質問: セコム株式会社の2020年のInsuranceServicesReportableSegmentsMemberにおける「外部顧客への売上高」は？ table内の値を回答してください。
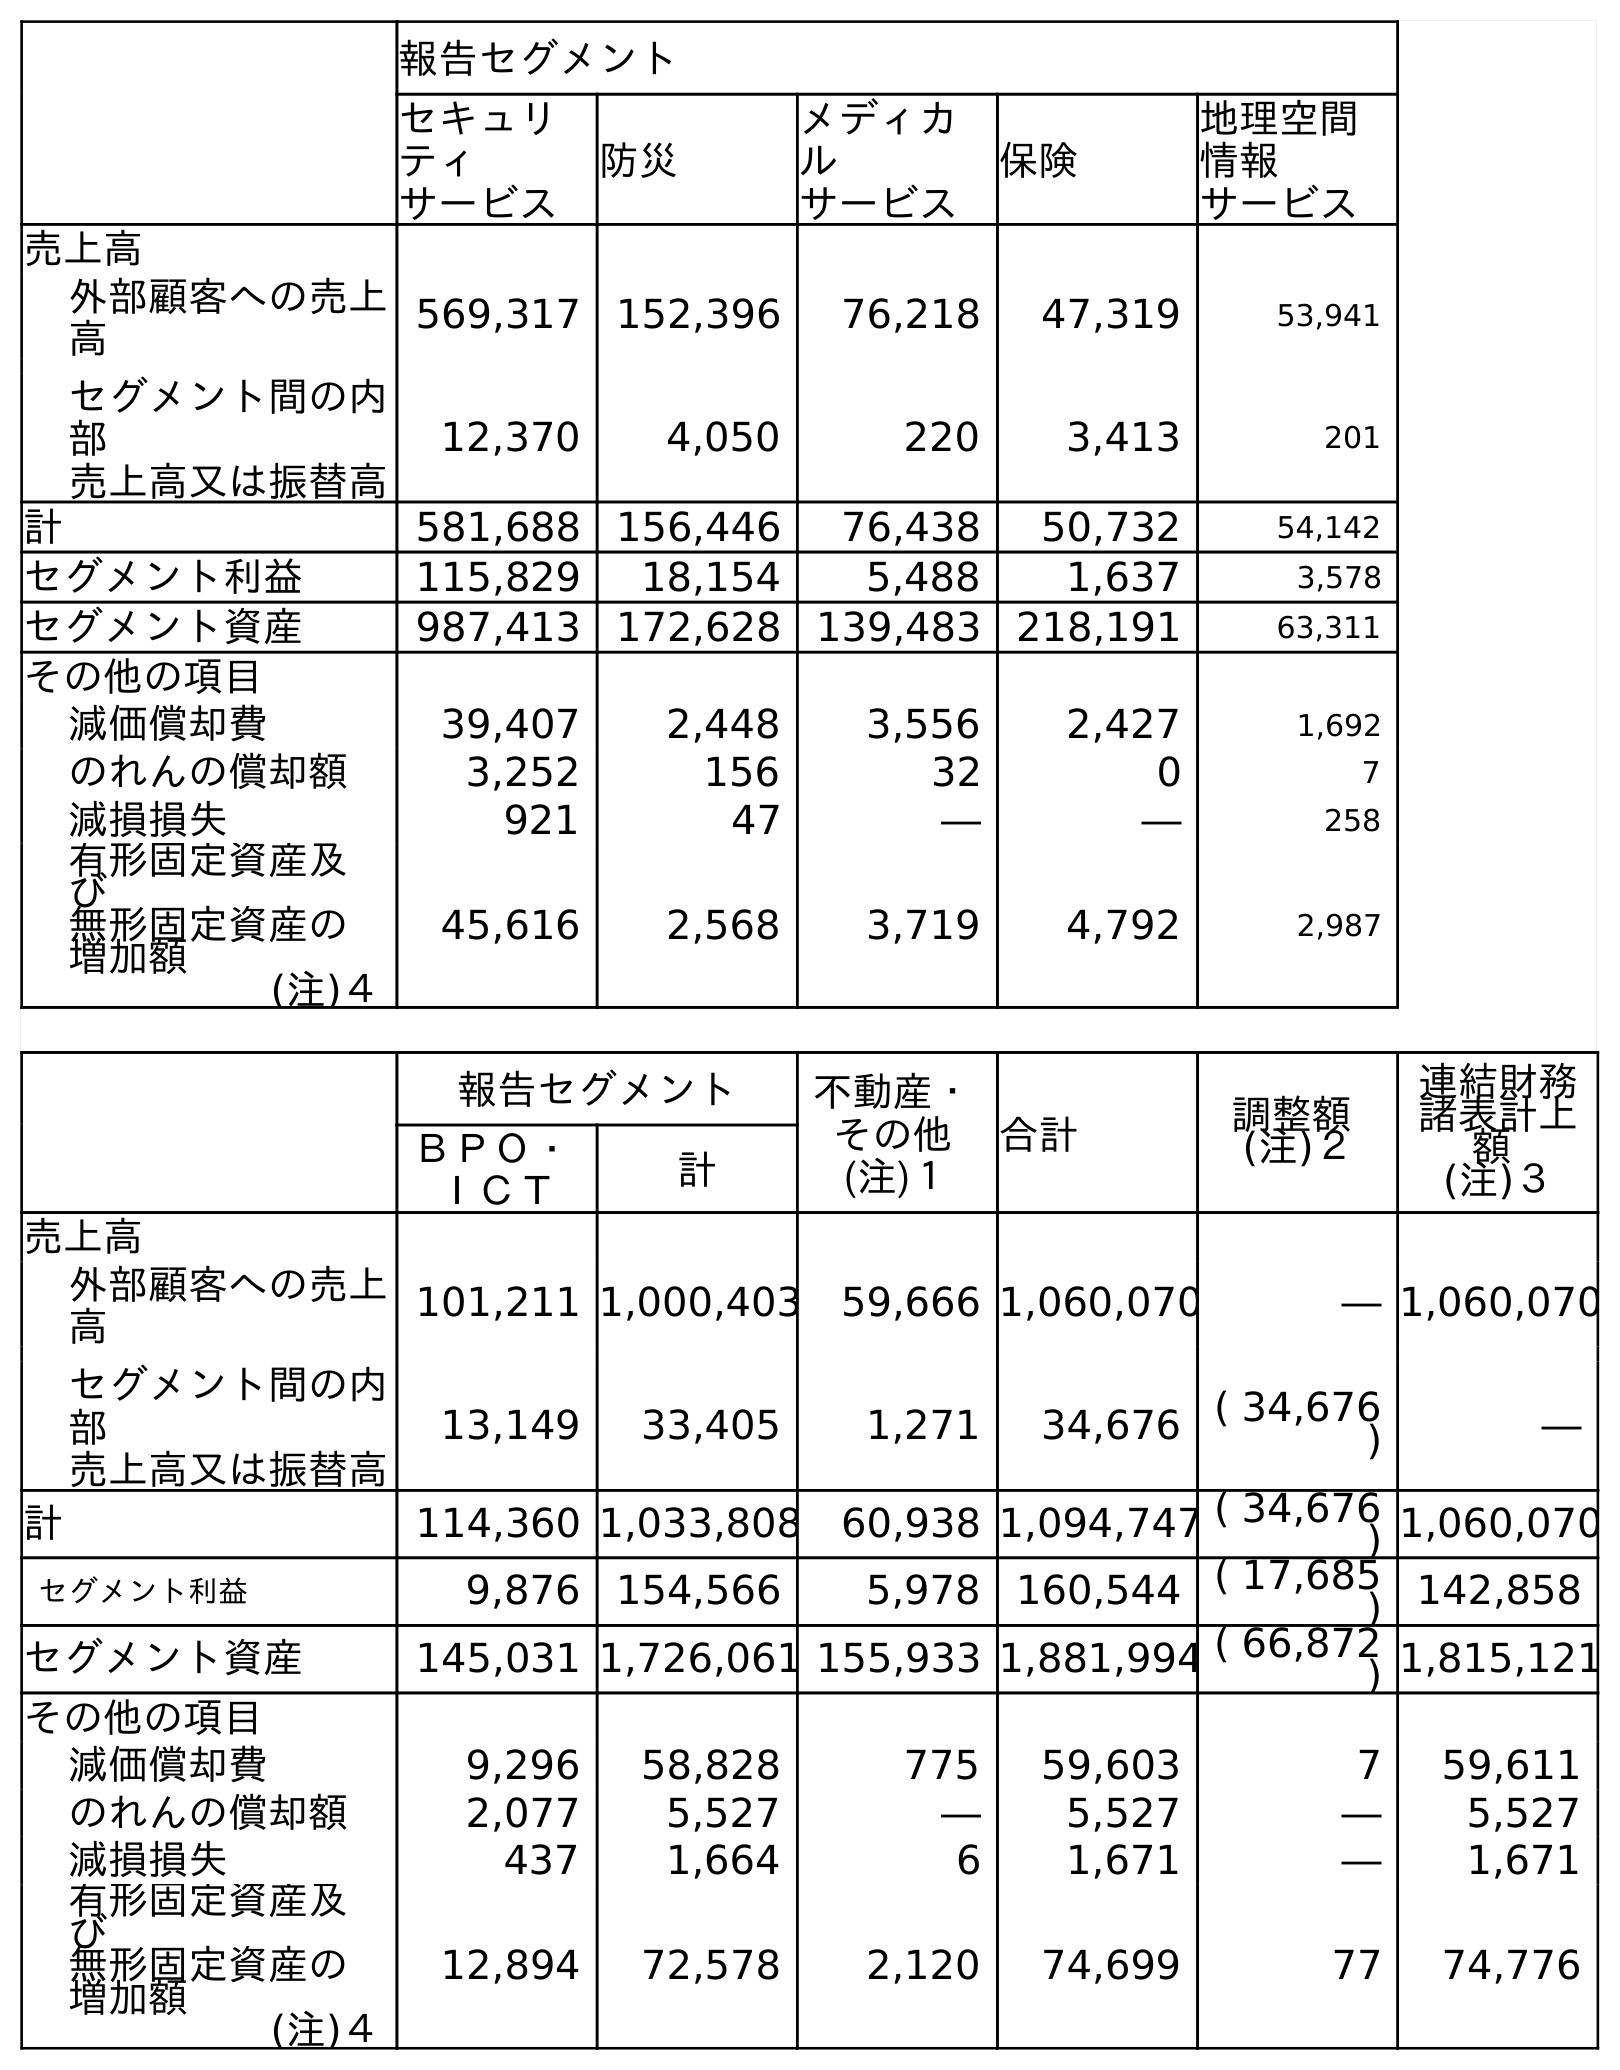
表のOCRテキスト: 報告セグメント セキュリ ティ サービス 防災 メディカ ル サービス 保険 地理空間 情報 サービス 売上高 外部顧客への売上 高 569,317 152,396 76,218 47,319 53,941 セグメント間の内 部 売上高又は振替高 12,370 4,050 220 3,413 201 計 581,688 156,446 76,438 50,732 54,142 セグメント利益 115,829 18,154 5,488 1,637 3,578 セグメント資産 987,413 172,628 139,483 218,191 63,311 その他の項目 減価償却費 39,407 2,448 3,556 2,427 1,692 のれんの償却額 3,252 156 32 0 7 減損損失 921 47 ― ― 258 有形固定資産及 び 無形固定資産の 増加額 (注)４ 45,616 2,568 3,719 4,792 2,987 報告セグメント 不動産・ その他 (注)１ 合計 調整額 (注)２ 連結財務 諸表計上 額 (注)３ ＢＰＯ・ ＩＣＴ 計 売上高 外部顧客への売上 高 101,211 1,000,403 59,666 1,060,070 ― 1,060,070 セグメント間の内 部 売上高又は振替高 13,149 33,405 1,271 34,676 ( 34,676 ) ― 計 114,360 1,033,808 60,938 1,094,747 ( 34,676 ) 1,060,070 セグメント利益 9,876 154,566 5,978 160,544 ( 17,685 ) 142,858 セグメント資産 145,031 1,726,061 155,933 1,881,994 ( 66,872 ) 1,815,121 その他の項目 減価償却費 9,296 58,828 775 59,603 7 59,611 のれんの償却額 2,077 5,527 ― 5,527 ― 5,527 減損損失 437 1,664 6 1,671 ― 1,671 有形固定資産及 び 無形固定資産の 増加額 (注)４ 12,894 72,578 2,120 74,699 77 74,776
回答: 47,319